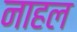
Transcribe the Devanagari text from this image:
नाहल